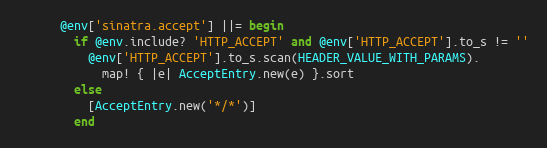
Language: Ruby
      @env['sinatra.accept'] ||= begin
        if @env.include? 'HTTP_ACCEPT' and @env['HTTP_ACCEPT'].to_s != ''
          @env['HTTP_ACCEPT'].to_s.scan(HEADER_VALUE_WITH_PARAMS).
            map! { |e| AcceptEntry.new(e) }.sort
        else
          [AcceptEntry.new('*/*')]
        end